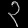
Digit: ၃